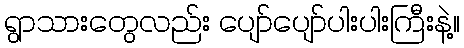
ရွာသားတွေလည်း ပျော်ပျော်ပါးပါးကြီးနဲ့။